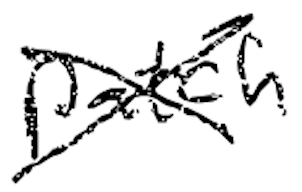
Text: patch
Cross-out: cross
Writing tool: digital_black